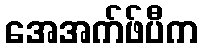
အေအက်ဖ်ပီက